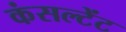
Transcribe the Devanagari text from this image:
कंसल्‍टेंट